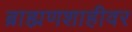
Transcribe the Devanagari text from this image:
ब्राह्मणशाहीवर